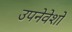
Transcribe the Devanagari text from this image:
उपनेवेशों